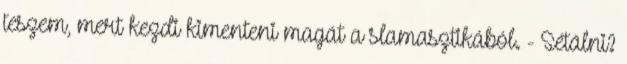
teszem, mert kezdi kimenteni magát a slamasztikából. - Sétálni?